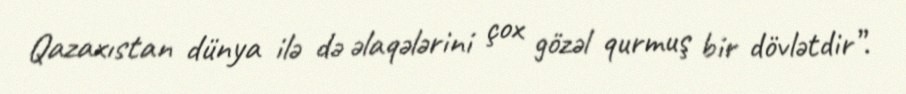
Qazaxıstan dünya ilə də əlaqələrini çox gözəl qurmuş bir dövlətdir”.